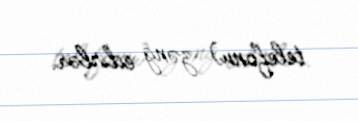
telefonu) zəng edirlər.